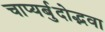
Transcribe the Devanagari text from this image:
चाप्यर्बुदोद्भवा